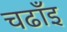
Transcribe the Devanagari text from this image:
चढाँइ